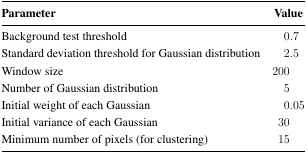
| Parameter | Value |
 | --- | --- |
 | Background test threshold | 0.7 |
 | Standard deviation threshold for Gaussian distribution | 2.5 |
 | Window size | 200 |
 | Number of Gaussian distribution | 5 |
 | Initial weight of each Gaussian | 0.05 |
 | Initial variance of each Gaussian | 30 |
 | Minimum number of pixels (for clustering) | 15 |